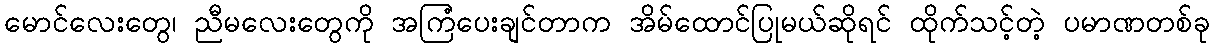
မောင်လေးတွေ၊ ညီမလေးတွေကို အကြံပေးချင်တာက အိမ်ထောင်ပြုမယ်ဆိုရင် ထိုက်သင့်တဲ့ ပမာဏတစ်ခု